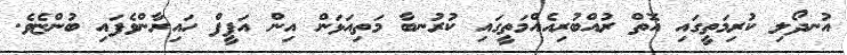
އުނދޯލި ކުރިމަތީގައި އޮތް ރުއްބުރިއެއްމަތީގައި ކުރުނބާ މަތިއަޅަން އިން އަފީފް ހައިރާންވެފައި ބުންޏެވެ.